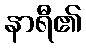
နာရီ၏